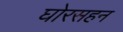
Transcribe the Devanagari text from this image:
घोरसहन